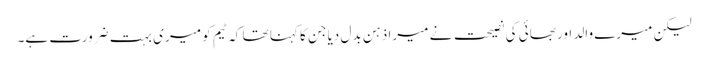
لیکن میرے والد اور بھائی کی نصیحت نے میرا ذہن بدل دیا جن کا کہنا تھا کہ ٹیم کو میری بہت ضرورت ہے۔